Insane asylums in Bengal annual reports 1876-1887 - 1876-1887
Year: 1876
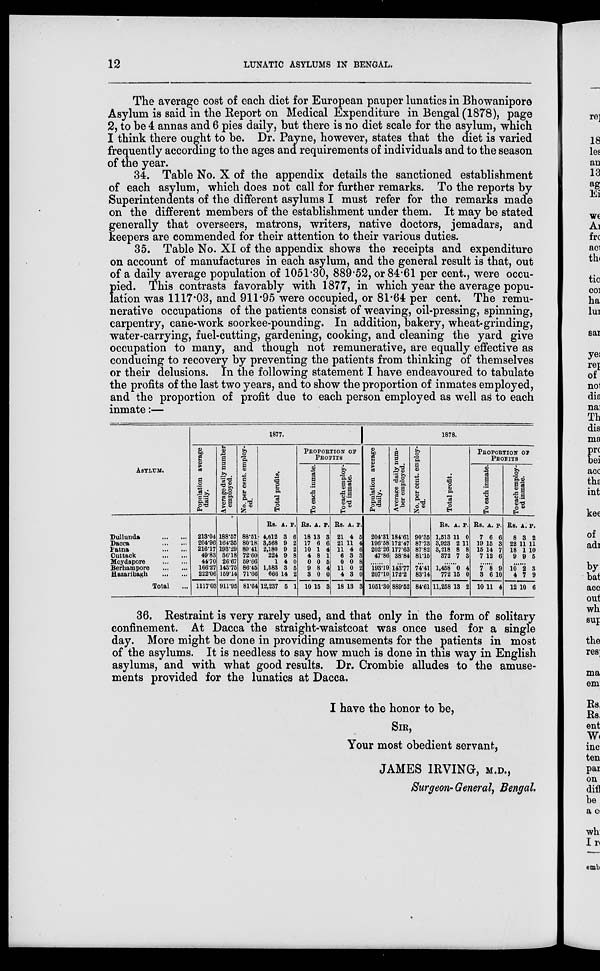
12
LUNATIC ASYLUMS IN BENGAL.
The average cost of each diet for European pauper lunatics in Bhowanipore
Asylum is said in the Report on Medical Expenditure in Bengal (1878), page
2, to be 4 annas and 6 pies daily, but there is no diet scale for the asylum, which
I think there ought to be. Dr. Payne, however, states that the diet is varied
frequently according to the ages and requirements of individuals and to the season
of the year.
34. Table No. X of the appendix details the sanctioned establishment
of each asylum, which does not call for further remarks. To the reports by
Superintendents of the different asylums I must refer for the remarks made
on the different members of the establishment under them. It may be stated
generally that overseers, matrons, writers, native doctors, jemadars, and
keepers are commended for their attention to their various duties.
35. Table No. XI of the appendix shows the receipts and expenditure
on account of manufactures in each asylum, and the general result is that, out
of a daily average population of 1051.30, 889.52, or 84.61 per cent., were occu-
pied. This contrasts favorably with 1877, in which year the average popu-
lation was 1117.03, and 911.95 were occupied, or 81.64 per cent. The remu-
nerative occupations of the patients consist of weaving, oil-pressing, spinning,
carpentry, cane-work soorkee-pounding. In addition, bakery, wheat-grinding,
water-carrying, fuel-cutting, gardening, cooking, and cleaning the yard give
occupation to many, and though not remunerative, are equally effective as
conducing to recovery by preventing the patients from thinking of themselves
or their delusions. In the following statement I have endeavoured to tabulate
the profits of the last two years, and to show the proportion of inmates employed,
and the proportion of profit due to each person employed as well as to each
inmate:—
ASYLUM.
Dullunda ... ...
Dacca
...
...
Patna
...
...
Cuttack
...
...
Moydapore
...
...
Berhampore
...
...
Hazaribagh
...
...
Total ...
1877.
Population average
daily.
213.04
204.96
216.17
49.83
44.70
166.27
222.06
1117.03
Average daily number
employed.
188.57
164.35
193.29
36.18
26.67
143.75
159.14
911.95
No. per cent. employ-
ed.
88.51
80.18
8941
72.60
59.66
86.45
71.66
81.64
Total profits.
Rs.
4,012
3,568
2,180
224
1
1,583
666
12,237
A.
3
9
9
9
4
3
14
5
P.
6
2
2
8
0
5
2
1
PROPORTION OF
PROFITS
To each inmate.
Rs.
18
17
10
4
0
9
3
10
A.
13
6
1
8
0
8
0
15
P.
3
6
4
1
5
4
0
3
To each employ-
ed inmate.
Rs.
21
21
11
6
0
11
4
18
A.
4
11
4
3
0
0
3
13
P.
5
4
6
3
8
2
0
3
1878.
Population average
daily.
204.31
196.58
202.26
47.86
......
193.19
207.10
1051.30
Average daily num-
ber employed.
184.61
172.47
177.63
38.84
...
143.77
172.2
889.52
No. per cent. employ-
ed.
90.35
87.73
87.82
81.15
...
74.41
83.14
84.61
Total profit.
Rs.
1,513
3,923
3,218
372
A.
11
2
8
7
P.
0
11
8
3
......
1,458
772
11,258
0
15
13
4
0
2
PROPORTION OF
PROFITS
To each inmate.
Rs.
7
19
15
7
A.
6
15
14
12
P.
6
3
7
6
......
7
3
10
8
6
11
9
10
4
To each employ-
ed inmate.
Rs.
8
22
18
9
A.
3
11
1
9
P.
2
11
10
5
......
10
4
12
2
7
10
3
9
6
36. Restraint is very rarely used, and that only in the form of solitary
confinement. At Dacca the straight-waistcoat was once used for a single
day. More might be done in providing amusements for the patients in most
of the asylums. It is needless to say how much is done in this way in English
asylums, and with what good results. Dr. Crombie alludes to the amuse-
ments provided for the lunatics at Dacca.
I have the honor to be,
SIR,
Your most obedient servant,
JAMES IRVING, M.D.,
Surgeon-General, Bengal.